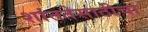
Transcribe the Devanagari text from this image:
शांततेसाठीचा